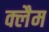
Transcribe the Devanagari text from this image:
क्लैम